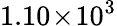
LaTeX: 1.10\! \times\! 10^{3}